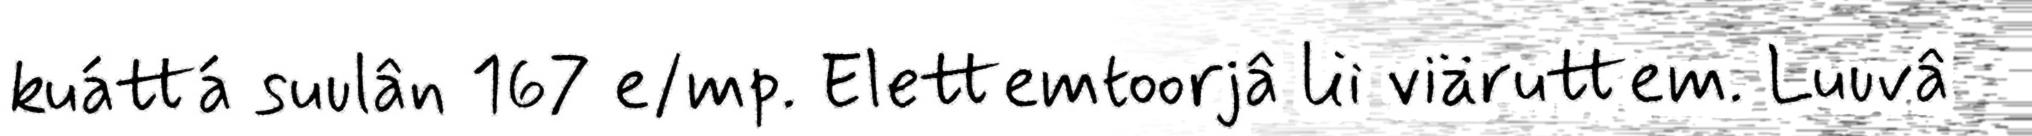
kuáttá suulân 167 e/mp. Elettemtoorjâ lii viäruttem. Luuvâ